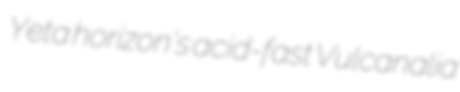
Yeta horizon's acid-fast Vulcanalia